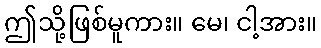
ဤသို့ဖြစ်မူကား။ မေ၊ ငါ့အား။